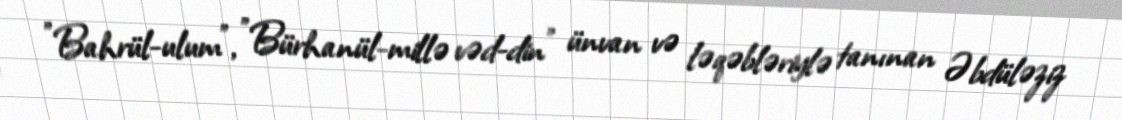
"Bahrül-ulum", "Bürhanül-millə vəd-din" ünvan və ləqəbləriylə tanınan Əbdüləziz